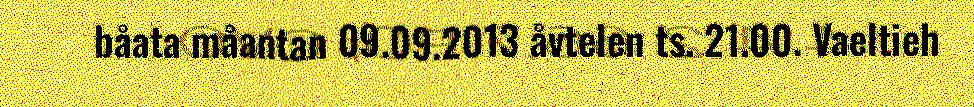
båata måantan 09.09.2013 åvtelen ts. 21.00. Vaeltieh